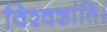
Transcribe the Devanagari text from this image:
विश्वशांति।